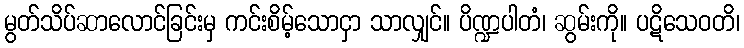
မွတ်သိပ်ဆာလောင်ခြင်းမှ ကင်းစိမ့်သောငှာ သာလျှင်။ ပိဏ္ဍပါတံ၊ ဆွမ်းကို။ ပဋိသေဝတိ၊